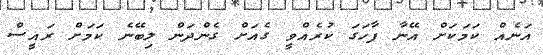
އަނެއް ކަމަކަށް އޭނާ ފާހަގަ ކުރެއްވީ ގެއަށް ގެންދަން ލިބޭނެ ކަމަށް ރައީސް